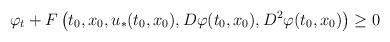
LaTeX: \begin{align*}\varphi_t + F\left(t_0,x_0,u_*(t_0,x_0),D\varphi(t_0,x_0),D^2 \varphi(t_0,x_0)\right)\geq 0\end{align*}